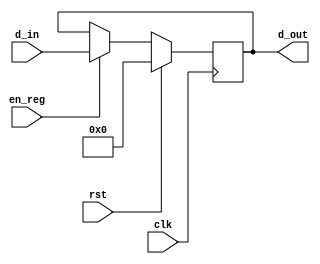
/*
	Title: 32-Bit Register with Synchronous Reset

	Input Port
		1. clk
		2. rst: mT
		3. en_reg: sO_igJ
		4. d_in: gJs
	Output Port
		1. d_out: s
*/
module reg32 ( clk, rst, en_reg, d_in, d_out );
    input clk, rst, en_reg;
    input[31:0]	d_in;
    output[31:0] d_out;
    reg [31:0] d_out;
   
    always @( posedge clk ) begin
        if ( rst )
			d_out <= 32'b0;
        else if ( en_reg )
			d_out <= d_in;
    end

endmodule